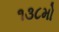
૧૩૮મો